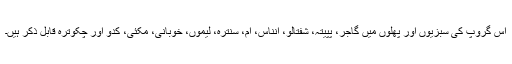
اس گروپ کی سبزیوں اور پھلوں میں گاجر، پپیتہ، شفتالو، انناس، آم، سنترہ، لیموں، خوبانی، مکئی، کدو اور چکوترہ قابل ذکر ہیں۔